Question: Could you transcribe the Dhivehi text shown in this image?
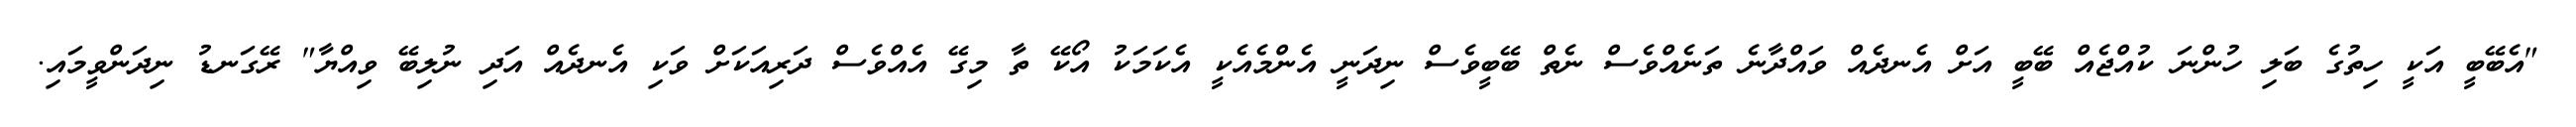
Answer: "އެބޭބީ އަކީ ހިތުގެ ބަލި ހުންނަ ކުއްޖެއް ބޭބީ އަށް އެނދެއް ވައްދާނެ ތަނެއްވެސް ނެތް ބޭބީވެސް ނިދަނީ އެންމެއެކީ އެކަމަކު އޯކޭ ތާ މިގޭ އެއްވެސް ދަރިއަކަށް ވަކި އެނދެއް އަދި ނުލިބޭ ވިއްޔާ" ރޭގަނޑު ނިދަންވީމައި.